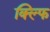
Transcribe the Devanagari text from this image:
क्ल्फि